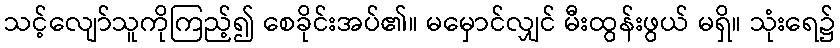
သင့်လျော်သူကိုကြည့်၍ စေခိုင်းအပ်၏။ မမှောင်လျှင် မီးထွန်းဖွယ် မရှိ။ သုံးရေ၌